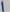
Text: 1